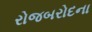
રોજબરોદના